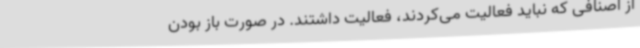
از اصنافی که نباید فعالیت می‌کردند، فعالیت داشتند. در صورت باز بودن